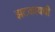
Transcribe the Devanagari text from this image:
झटकायची